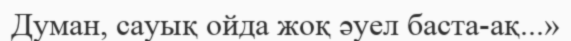
Думан, сауық ойда жоқ әуел баста-ақ...»